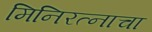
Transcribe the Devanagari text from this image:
मिनिरत्नाचा